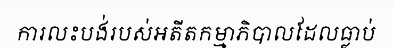
ការលះបង់របស់អតីតកម្មាភិបាលដែលធ្លាប់